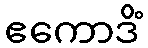
ဧကောဒိံ